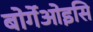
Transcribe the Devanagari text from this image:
बोर्गेओइसि